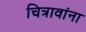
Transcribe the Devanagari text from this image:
चित्रावांना